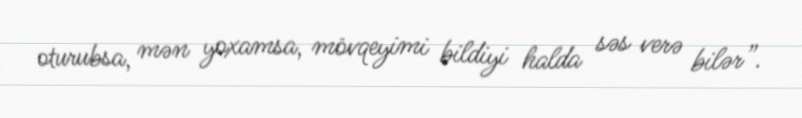
oturubsa, mən yoxamsa, mövqeyimi bildiyi halda səs verə bilər”.